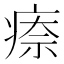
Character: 𤷈